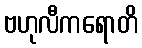
ဗဟုလီကရောတိ